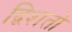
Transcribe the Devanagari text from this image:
द्विशतो